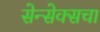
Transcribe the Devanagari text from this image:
सेन्सेक्सचा